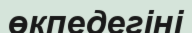
өкпедегіні